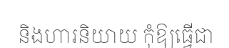
និងហារនិយាយ កុំឱ្យធ្វើជា